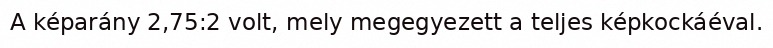
A képarány 2,75:2 volt, mely megegyezett a teljes képkockáéval.